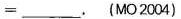
=___.$$(MO 2004)